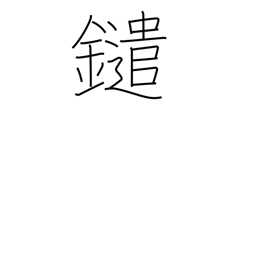
Meaning: (kokuji)